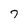
Character: 7